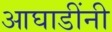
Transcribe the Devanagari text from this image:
आघाडींनी